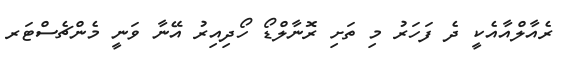
ރެއާލްއާއެކީ ދެ ފަހަރު މި ތަށި ރޮނާލްޑޯ ހޯދިއިރު އޭނާ ވަނީ މެންޗެސްޓަރ